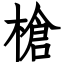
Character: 槍